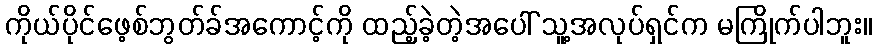
ကိုယ်ပိုင်ဖေ့စ်ဘွတ်ခ်အကောင့်ကို ထည့်ခဲ့တဲ့အပေါ် သူ့အလုပ်ရှင်က မကြိုက်ပါဘူး။